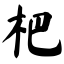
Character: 杷